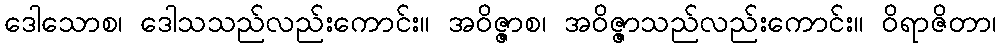
ဒေါသောစ၊ ဒေါသသည်လည်းကောင်း။ အဝိဇ္ဇာစ၊ အဝိဇ္ဇာသည်လည်းကောင်း။ ဝိရာဇိတာ၊